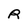
Character: R